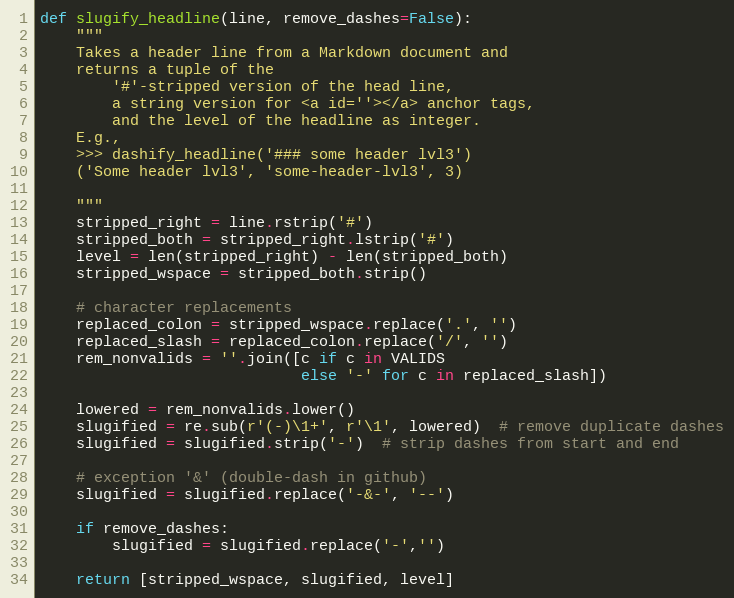
Language: Python
def slugify_headline(line, remove_dashes=False):
    """
    Takes a header line from a Markdown document and
    returns a tuple of the
        '#'-stripped version of the head line,
        a string version for <a id=''></a> anchor tags,
        and the level of the headline as integer.
    E.g.,
    >>> dashify_headline('### some header lvl3')
    ('Some header lvl3', 'some-header-lvl3', 3)

    """
    stripped_right = line.rstrip('#')
    stripped_both = stripped_right.lstrip('#')
    level = len(stripped_right) - len(stripped_both)
    stripped_wspace = stripped_both.strip()

    # character replacements
    replaced_colon = stripped_wspace.replace('.', '')
    replaced_slash = replaced_colon.replace('/', '')
    rem_nonvalids = ''.join([c if c in VALIDS
                             else '-' for c in replaced_slash])

    lowered = rem_nonvalids.lower()
    slugified = re.sub(r'(-)\1+', r'\1', lowered)  # remove duplicate dashes
    slugified = slugified.strip('-')  # strip dashes from start and end

    # exception '&' (double-dash in github)
    slugified = slugified.replace('-&-', '--')

    if remove_dashes:
        slugified = slugified.replace('-','')

    return [stripped_wspace, slugified, level]